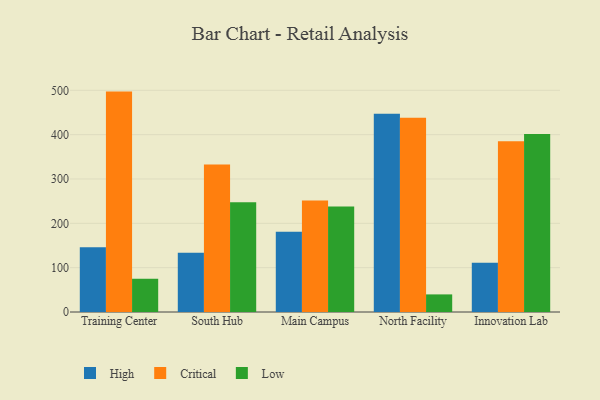
{"axis": {"x": "Campus", "y": "Website Visitors"}, "legend": ["Critical", "High", "Low"], "data": [{"x": "Training Center", "y": 146.2, "type": "High"}, {"x": "Training Center", "y": 497.1, "type": "Critical"}, {"x": "Training Center", "y": 75.0, "type": "Low"}, {"x": "South Hub", "y": 133.7, "type": "High"}, {"x": "South Hub", "y": 332.8, "type": "Critical"}, {"x": "South Hub", "y": 247.6, "type": "Low"}, {"x": "Main Campus", "y": 180.9, "type": "High"}, {"x": "Main Campus", "y": 251.7, "type": "Critical"}, {"x": "Main Campus", "y": 238.1, "type": "Low"}, {"x": "North Facility", "y": 447.4, "type": "High"}, {"x": "North Facility", "y": 437.9, "type": "Critical"}, {"x": "North Facility", "y": 39.7, "type": "Low"}, {"x": "Innovation Lab", "y": 110.9, "type": "High"}, {"x": "Innovation Lab", "y": 385.2, "type": "Critical"}, {"x": "Innovation Lab", "y": 401.2, "type": "Low"}]}